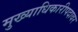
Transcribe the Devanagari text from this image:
मुख्याधिकारीपदावर